Civil Veterinary Department Bengal reports 1923-33 - 1923-1933
Year: 1923
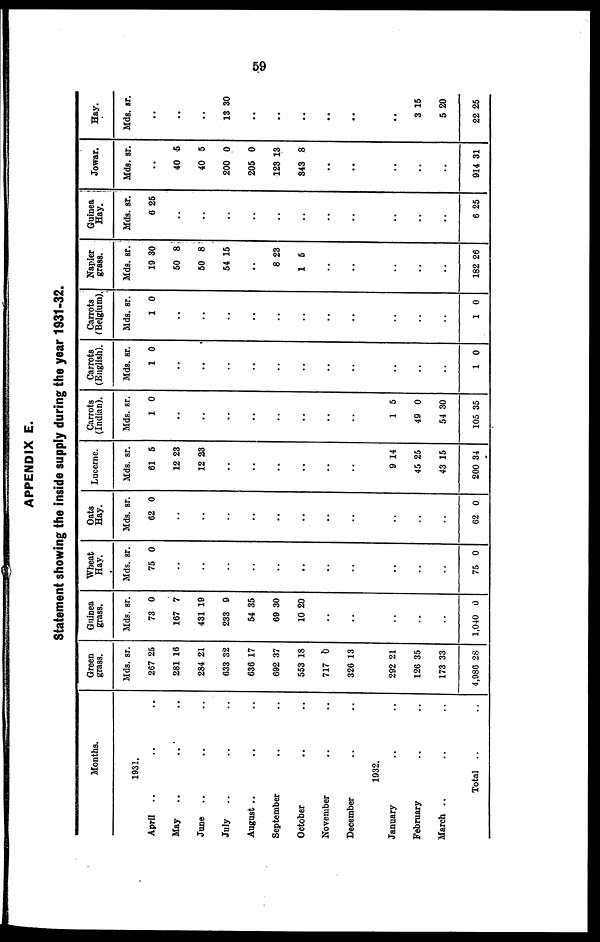
59
APPENDIX E.
Statement showing the inside supply during the year 1931-32.
April
..
May
..
June ..
July ..
August ..
September
October
November
December
January
February
March ..
Months.
1931.
.. ..
.. ..
.. ..
.. ..
.. ..
.. ..
.. ..
.. ..
.. ..
1932.
.. ..
.. ..
.. ..
Total .. ..
Green
grass.
Mds. sr.
267 25
281 16
284 21
633 32
636 17
692 37
553 18
717 0
326 13
292 21
126 35
173 33
4,986 28
Guinea
grass.
Mds. sr.
73 0
167 7
431 19
233 9
54 35
69 30
10 20
..
..
..
..
..
1,040 0
Wheat
Hay.
Mds. sr.
75 0
..
..
..
..
..
..
..
..
..
..
..
75 0
Oats
Hay.
Mds. sr.
62 0
..
..
..
..
..
..
..
..
..
62 0
Lucerne.
Mds. sr.
61 5
12 23
12 23
..
..
..
..
9 14
45 25
43 15
200 34
Carrots
(Indian).
Mds. sr.
1 0
..
..
..
..
..
..
1 5
49 0
54 30
105 35
Carrots
(English).
Mds. sr.
1 0
..
..
..
..
..
..
..
..
..
..
..
1 0
Carrots
(Belgium).
Mds. sr.
1 0
..
..
..
..
..
..
..
..
..
..
..
1 0
Napier
grass.
Mds. sr.
19 30
50 8
50 8
54 15
..
8 23
1 5
..
..
..
..
..
182 26
Guinea
Hay.
Mds. sr.
6 25
..
..
..
..
..
..
..
..
..
..
..
6 25
Jowar.
Mds. sr.
..
40 6
40 5
200 0
205 0
123 13
343 8
..
..
..
..
..
914 31
Hay.
Mds. sr.
..
..
..
13 30
..
..
..
..
..
..
3 15
5 20
22 25